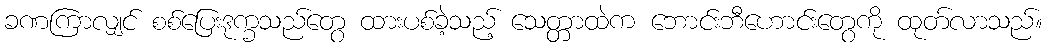
ခဏကြာလျှင် စစ်ပြေးဒုက္ခသည်တွေ ထားပစ်ခဲ့သည့် သေတ္တာထဲက ဘောင်းဘီဟောင်းတွေကို ထုတ်လာသည်။